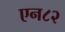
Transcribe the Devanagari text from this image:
एन८२